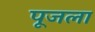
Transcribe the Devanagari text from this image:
पूजला